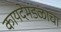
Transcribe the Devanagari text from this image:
कायदेमंडळाचा